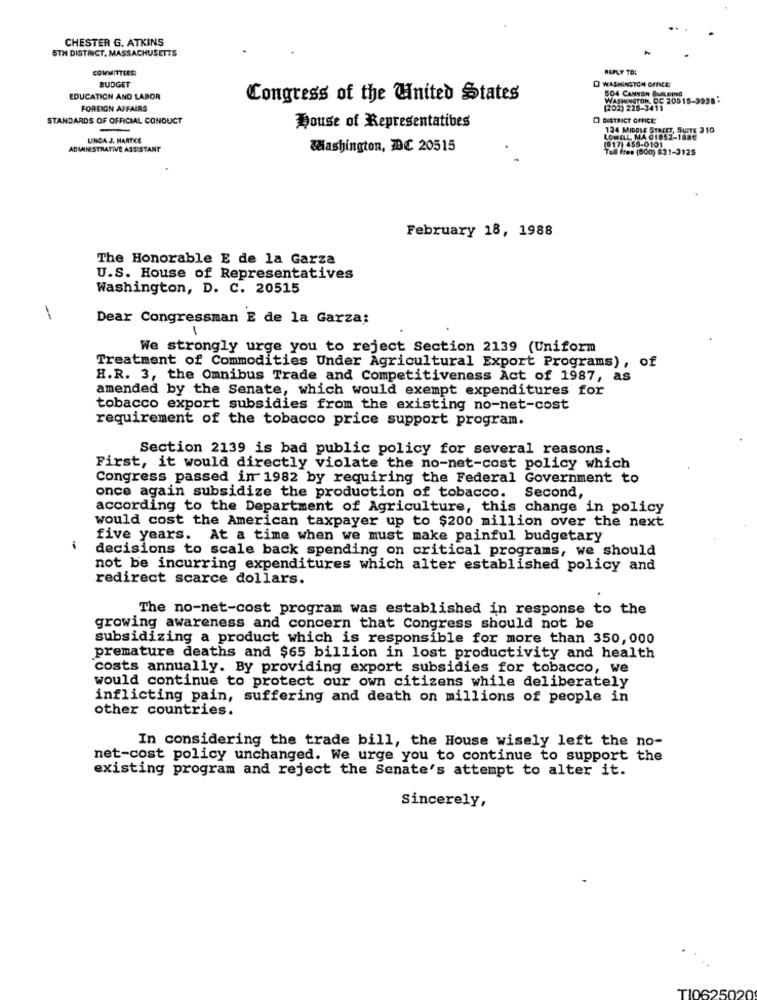
CHESTER G. ATKINS
5TH DISTRICT, MASSACHUSETTS
COMMITTEES:
REPLY TO:
BUDGET
O WASHINGTON OFFICE
504 CANNON BUILDING
EDUCATION AND LABOR
Congress of the United States
WASHINGTON, DC 20515-9998:
FOREIGN AFFAIRS
(202) 225-3419
STANDARDS OF OFFICIAL CONDUCT
DISTRICT OFFICE:
House of Representatives
134 MIDDLE STREET, SUITE 310
UNGA J. HARTKE
1517) 455-0101
LOWILL, MA 01852-1886
ADMINISTRATIVE ASSISTANT
Washington, DC 20515
Toll free (800) 831-3125
February 18, 1988
The Honorable E de la Garza
U.S. House of Representatives
Washington, D. C. 20515
Dear Congressman E de la Garza:
1
We strongly urge you to reject Section 2139 (Uniform
Treatment of Commodities Under Agricultural Export Programs), of
H.R. 3, the Omnibus Trade and Competitiveness Act of 1987, as
amended by the Senate, which would exempt expenditures for
tobacco export subsidies from the existing no-net-cost
requirement of the tobacco price support program.
Section 2139 is bad public policy for several reasons.
First, it would directly violate the no-net-cost policy which
Congress passed in 1982 by requiring the Federal Government to
once again subsidize the production of tobacco. Second,
according to the Department of Agriculture, this change in policy
would cost the American taxpayer up to $200 million over the next
five years. At a time when we must make painful budgetary
-
decisions to scale back spending on critical programs, we should
not be incurring expenditures which alter established policy and
redirect scarce dollars.
The no-net-cost program was established in response to the
growing awareness and concern that Congress should not be
subsidizing a product which is responsible for more than 350, 000
premature deaths and $65 billion in lost productivity and health
costs annually. By providing export subsidies for tobacco, we
would continue to protect our own citizens while deliberately
inflicting pain, suffering and death on millions of people in
other countries.
In considering the trade bill, the House wisely left the no-
net-cost policy unchanged. We urge you to continue to support the
existing program and reject the Senate's attempt to alter it.
Sincerely,
TIC